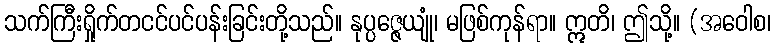
သက်ကြီးရှိုက်တငင်ပင်ပန်းခြင်းတို့သည်။ နုပ္ပဇ္ဇေယျုံ၊ မဖြစ်ကုန်ရာ။ ဣတိ၊ ဤသို့။ (အဝေါစ၊